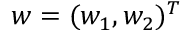
w = ( w _ { 1 } , w _ { 2 } ) ^ { T }